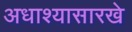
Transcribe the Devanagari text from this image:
अधाश्यासारखे